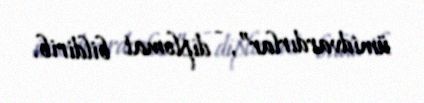
ümidvardırlar”, - diplomat bildirib.